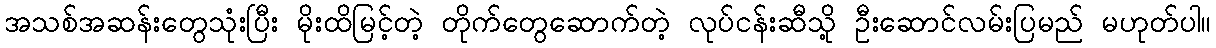
အသစ်အဆန်းတွေသုံးပြီး မိုးထိမြင့်တဲ့ တိုက်တွေဆောက်တဲ့ လုပ်ငန်းဆီသို့ ဦးဆောင်လမ်းပြမည် မဟုတ်ပါ။